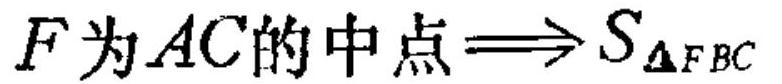
\(F为AC的中点\Longrightarrow S_{\triangle FBC}\)